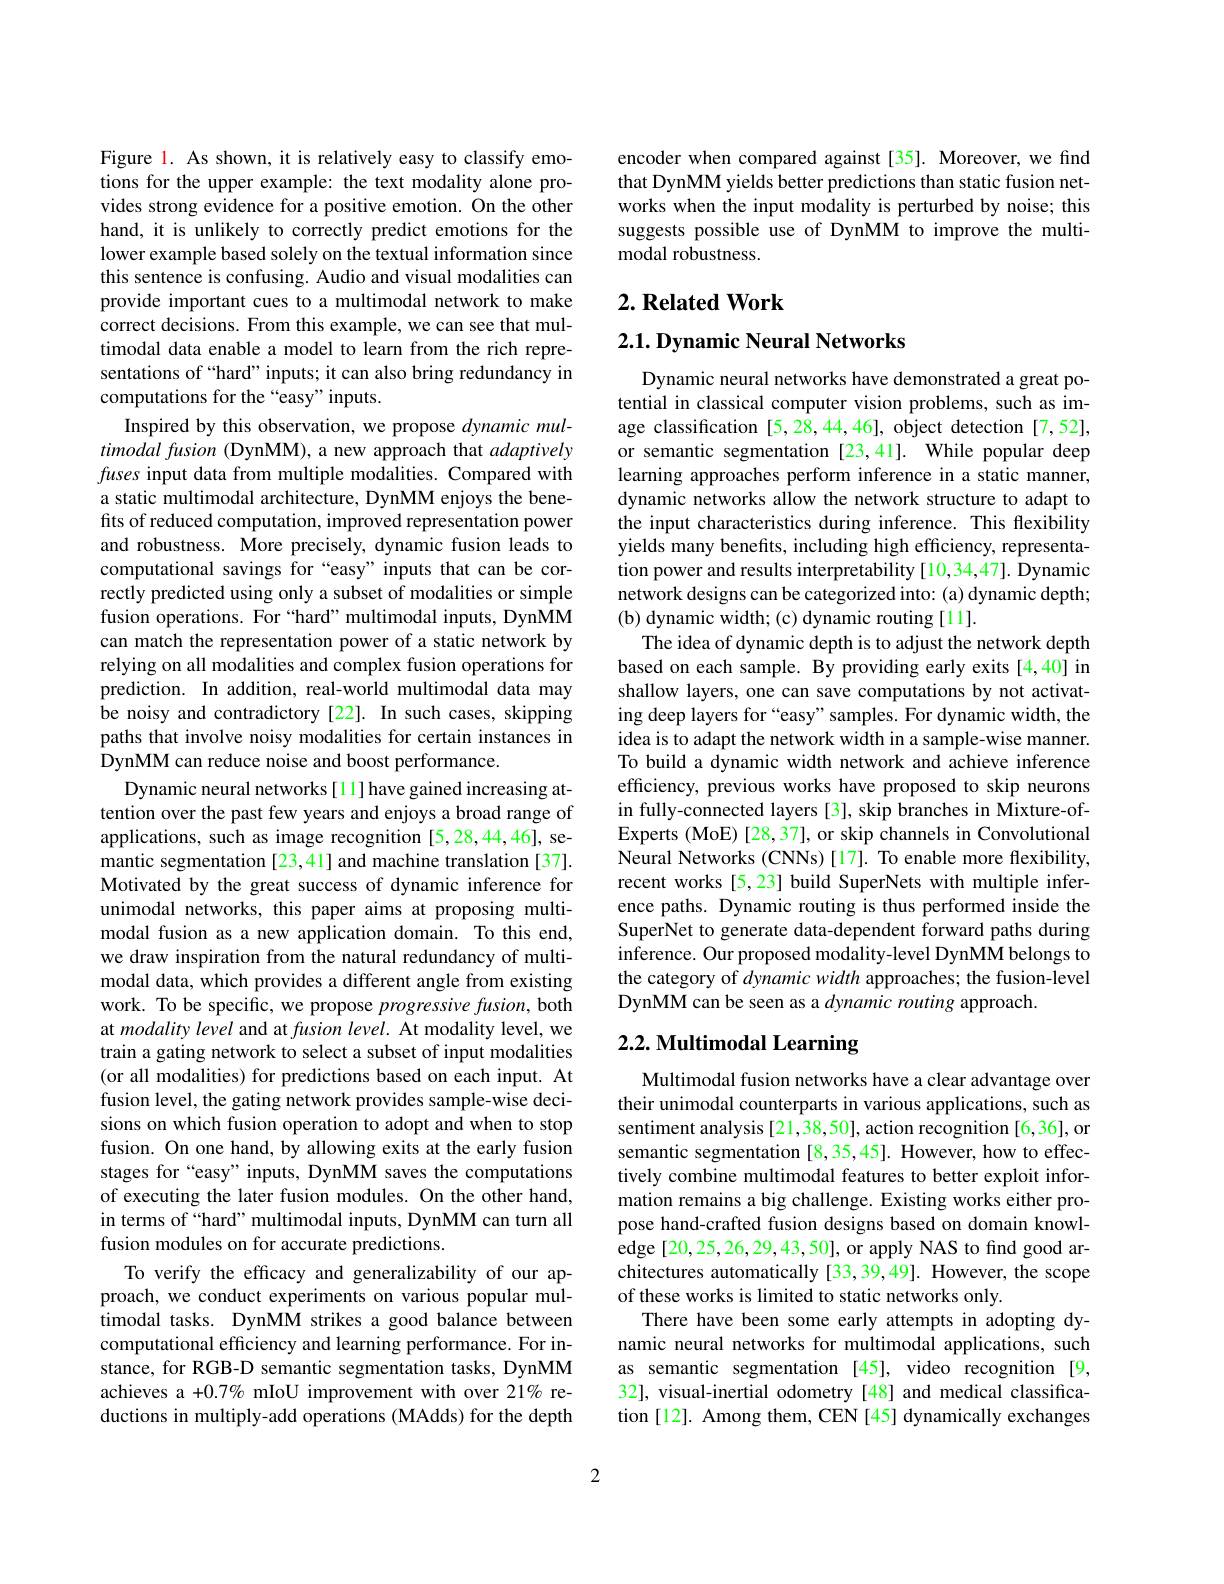
Figure l. As shown, it is relatively easy to classify emotions for the upper example: the text modality alone provides strong evidence for a positive emotion. On the other hand, it is unlikely to correctly predict emotions for the lower example based solely on the textual information since this sentence is confusing. Audio and visual modalities can provide important cues to a multimodal network to make correct decisions. From this example, we can see that multimodal data enable a model to learn from the rich representations of “hard” inputs; it can also bring redundancy in computations for the “easy”inputs.
Inspired by this observation, we propose dynamic multimodal fusion (DynMM), a new approach that adaptively fuses input data from multiple modalities. Compared with a static multimodal architecture, DynMM enjoys the benefits of reduced computation, improved representation power and robustness. More precisely, dynamic fusion leads to computational savings for “easy”inputs that can be correctly predicted using only a subset of modalities or simple fusion operations. For “hard”multimodal inputs, DynMM can match the representation power of a static network by relying on all modalities and complex fusion operations for prediction. In addition, real-world multimodal data may be noisy and contradictory [22]. In such cases, skipping paths that involve noisy modalities for certain instances in DynMM can reduce noise and boost performance.
Dynamic neural networks[11]have gained increasing attention over the past few years and enjoys a broad range of applications, such as image recognition [5,28,44,46], semantic segmentation [23,41] and machine translation [37]. Motivated by the great success of dynamic inference for unimodal networks, this paper aims at proposing multimodal fusion as a new application domain. To this end, we draw inspiration from the natural redundancy of multimodal data, which provides a different angle from existing work. To be specific, we propose progressive fusion, both at modality level and at fusion level. At modality level, we train a gating network to select a subset of input modalities (or all modalities) for predictions based on each input. At fusion level, the gating network provides sample-wise decisions on which fusion operation to adopt and when to stop fusion. On one hand, by allowing exits at the early fusion stages for “easy” inputs, DynMM saves the computations of executing the later fusion modules. On the other hand, in terms of “hard” multimodal inputs, DynMM can turn all fusion modules on for accurate predictions.
To verify the efficacy and generalizability of our approach, we conduct experiments on various popular multimodal tasks. DynMM strikes a good balance between computational efficiency and learning performance. For instance, for RGB-D semantic segmentation tasks, DynMM achieves a +0.7% mIoU improvement with over 21% reductions in multiply-add operations (MAdds) for the depth

encoder when compared against [35]. Moreover, we find that DynMM yields better predictions than static fusion networks when the input modality is perturbed by noise; this suggests possible use of DynMM to improve the multimodal robustness.

## $2. \textbf{Related Work}$

$2. 1. \textbf{ Dynamic Neural Networks}$

Dynamic neural networks have demonstrated a great potential in classical computer vision problems, such as image classification [5,28,44,46], object detection [7,52], or semantic segmentation [23,41]. While popular deep learning approaches perform inference in a static manner, dynamic networks allow the network structure to adapt to the input characteristics during inference. This flexibility yields many benefits, including high efficiency, representation power and results interpretability [10,34,47]. Dynamic network designs can be categorized into: (a) dynamic depth; (b) dynamic width; (c) dynamic routing [11].
The idea of dynamic depth is to adjust the network depth based on each sample. By providing early exits [4,40] in shallow layers, one can save computations by not activating deep layers for “easy”samples. For dynamic width, the idea is to adapt the network width in a sample-wise manner. To build a dynamic width network and achieve inference efficiency, previous works have proposed to skip neurons in fully-connected layers [3], skip branches in Mixture-ofExperts (MoE)[28,37], or skip channels in Convolutional Neural Networks (CNNs)[17]. To enable more flexibility, recent works [5,23] build SuperNets with multiple inference paths. Dynamic routing is thus performed inside the SuperNet to generate data-dependent forward paths during inference. Our proposed modality-level DynMM belongs to the category of dynamicwidth approaches; the fusion-level DynMM can be seen as a dynamic routing approach.

# 2.2. Multimodal Learning

Multimodal fusion networks have a clear advantage over their unimodal counterparts in various applications, such as sentiment analysis [21,38,50], action recognition [6,36], or semantic segmentation [8,35,45]. However, how to effectively combine multimodal features to better exploit information remains a big challenge. Existing works either propose hand-crafted fusion designs based on domain knowledge[20,25,26,29,43,50], or apply NAS to find good architectures automatically [33,39,49]. However, the scope of these works is limited to static networks only.
There have been some early attempts in adopting dynamic neural networks for multimodal applications, such as semantic segmentation [45], video recognition [9, 32], visual-inertial odometry[48] and medical classification [12]. Among them, CEN [45] dynamically exchanges

2